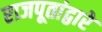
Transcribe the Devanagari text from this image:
राजपूतांद्वारे